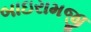
બાઇરામજી